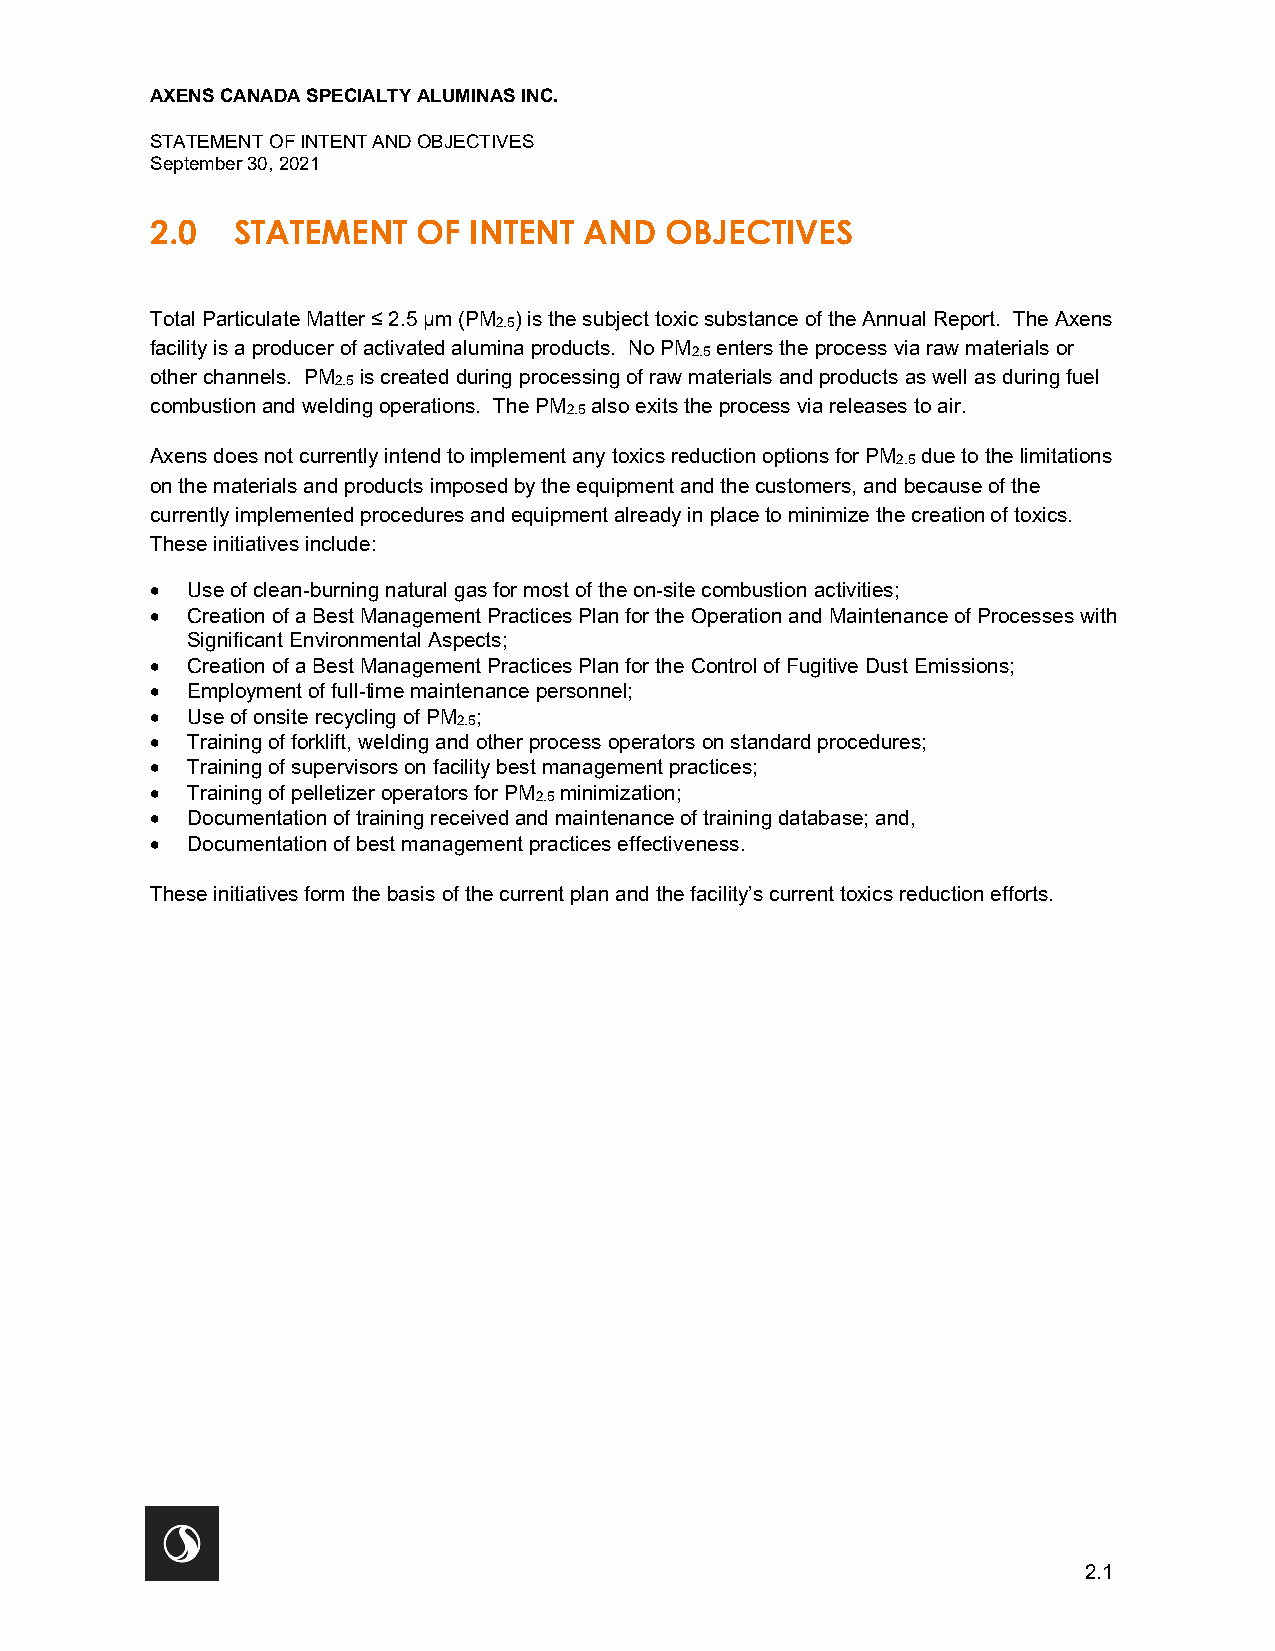
AXENS CANADA SPECIALTY ALUMINAS INC.
 STATEMENT OF INTENT AND OBJECTIVES
 September 30, 2021
 2.0  STATEMENT    OF INTENT  AND  OBJECTIVES
 Total Particulate Matter ≤ 2.5 µm (PM2.5) is the subject toxic substance of the Annual Report. The Axens
 facility is a producer of activated alumina products. No PM2.5 enters the process via raw materials or
 other channels. PM2.5 is created during processing of raw materials and products as well as during fuel
 combustion and welding operations. The PM2.5 also exits the process via releases to air.
 Axens does not currently intend to implement any toxics reduction options for PM2.5 due to the limitations
 on the materials and products imposed by the equipment and the customers, and because of the
 currently implemented procedures and equipment already in place to minimize the creation of toxics.
 These initiatives include:
 • Use of clean-burning natural gas for most of the on-site combustion activities;
 • Creation of a Best Management Practices Plan for the Operation and Maintenance of Processes with
 Significant Environmental Aspects;
 • Creation of a Best Management Practices Plan for the Control of Fugitive Dust Emissions;
 • Employment of full-time maintenance personnel;
 • Use of onsite recycling of PM2.5;
 • Training of forklift, welding and other process operators on standard procedures;
 • Training of supervisors on facility best management practices;
 • Training of pelletizer operators for PM2.5 minimization;
 • Documentation of training received and maintenance of training database; and,
 • Documentation of best management practices effectiveness.
 These initiatives form the basis of the current plan and the facility’s current toxics reduction efforts.
 2.1